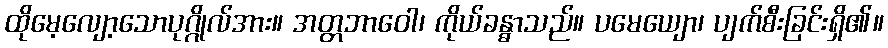
ထိုမေ့လျော့သောပုဂ္ဂိုလ်အား။ အတ္တဘာဝေါ၊ ကိုယ်ခန္ဓာသည်။ ပမေယျော၊ ပျက်စီးခြင်းရှိ၏။